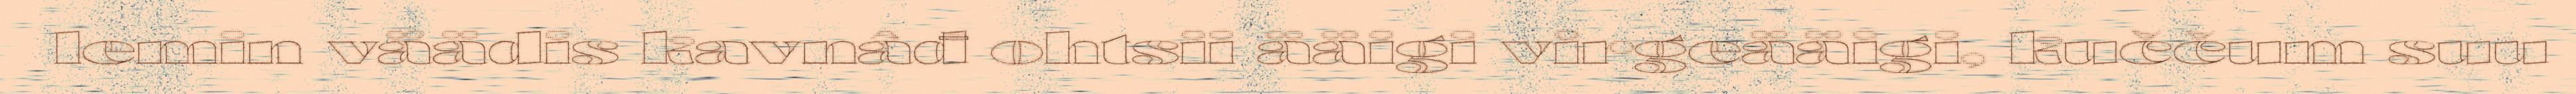
lemin väädis kavnâđ ohtsii ääigi virgeääigi, kuččum suu